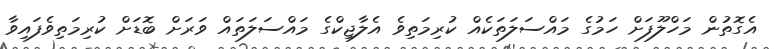
އެގޮތުން މަހްލޫފަށް ހަމުގެ މައްސަލަތަކެއް ކުރިމަތިވެ އެލާޖިކްގެ މައްސަލަތައް ވަރަށް ބޮޑަށް ކުރިމަތިވެފައިވާ